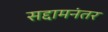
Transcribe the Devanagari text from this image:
सद्दामनंतर